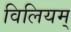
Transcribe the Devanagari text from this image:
विलियम्